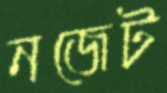
নজেট